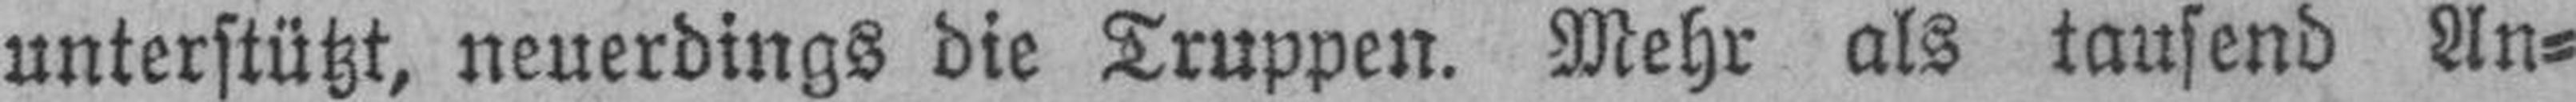
unterstützt, neuerdings die Truppen. Mehr als tausend An¬